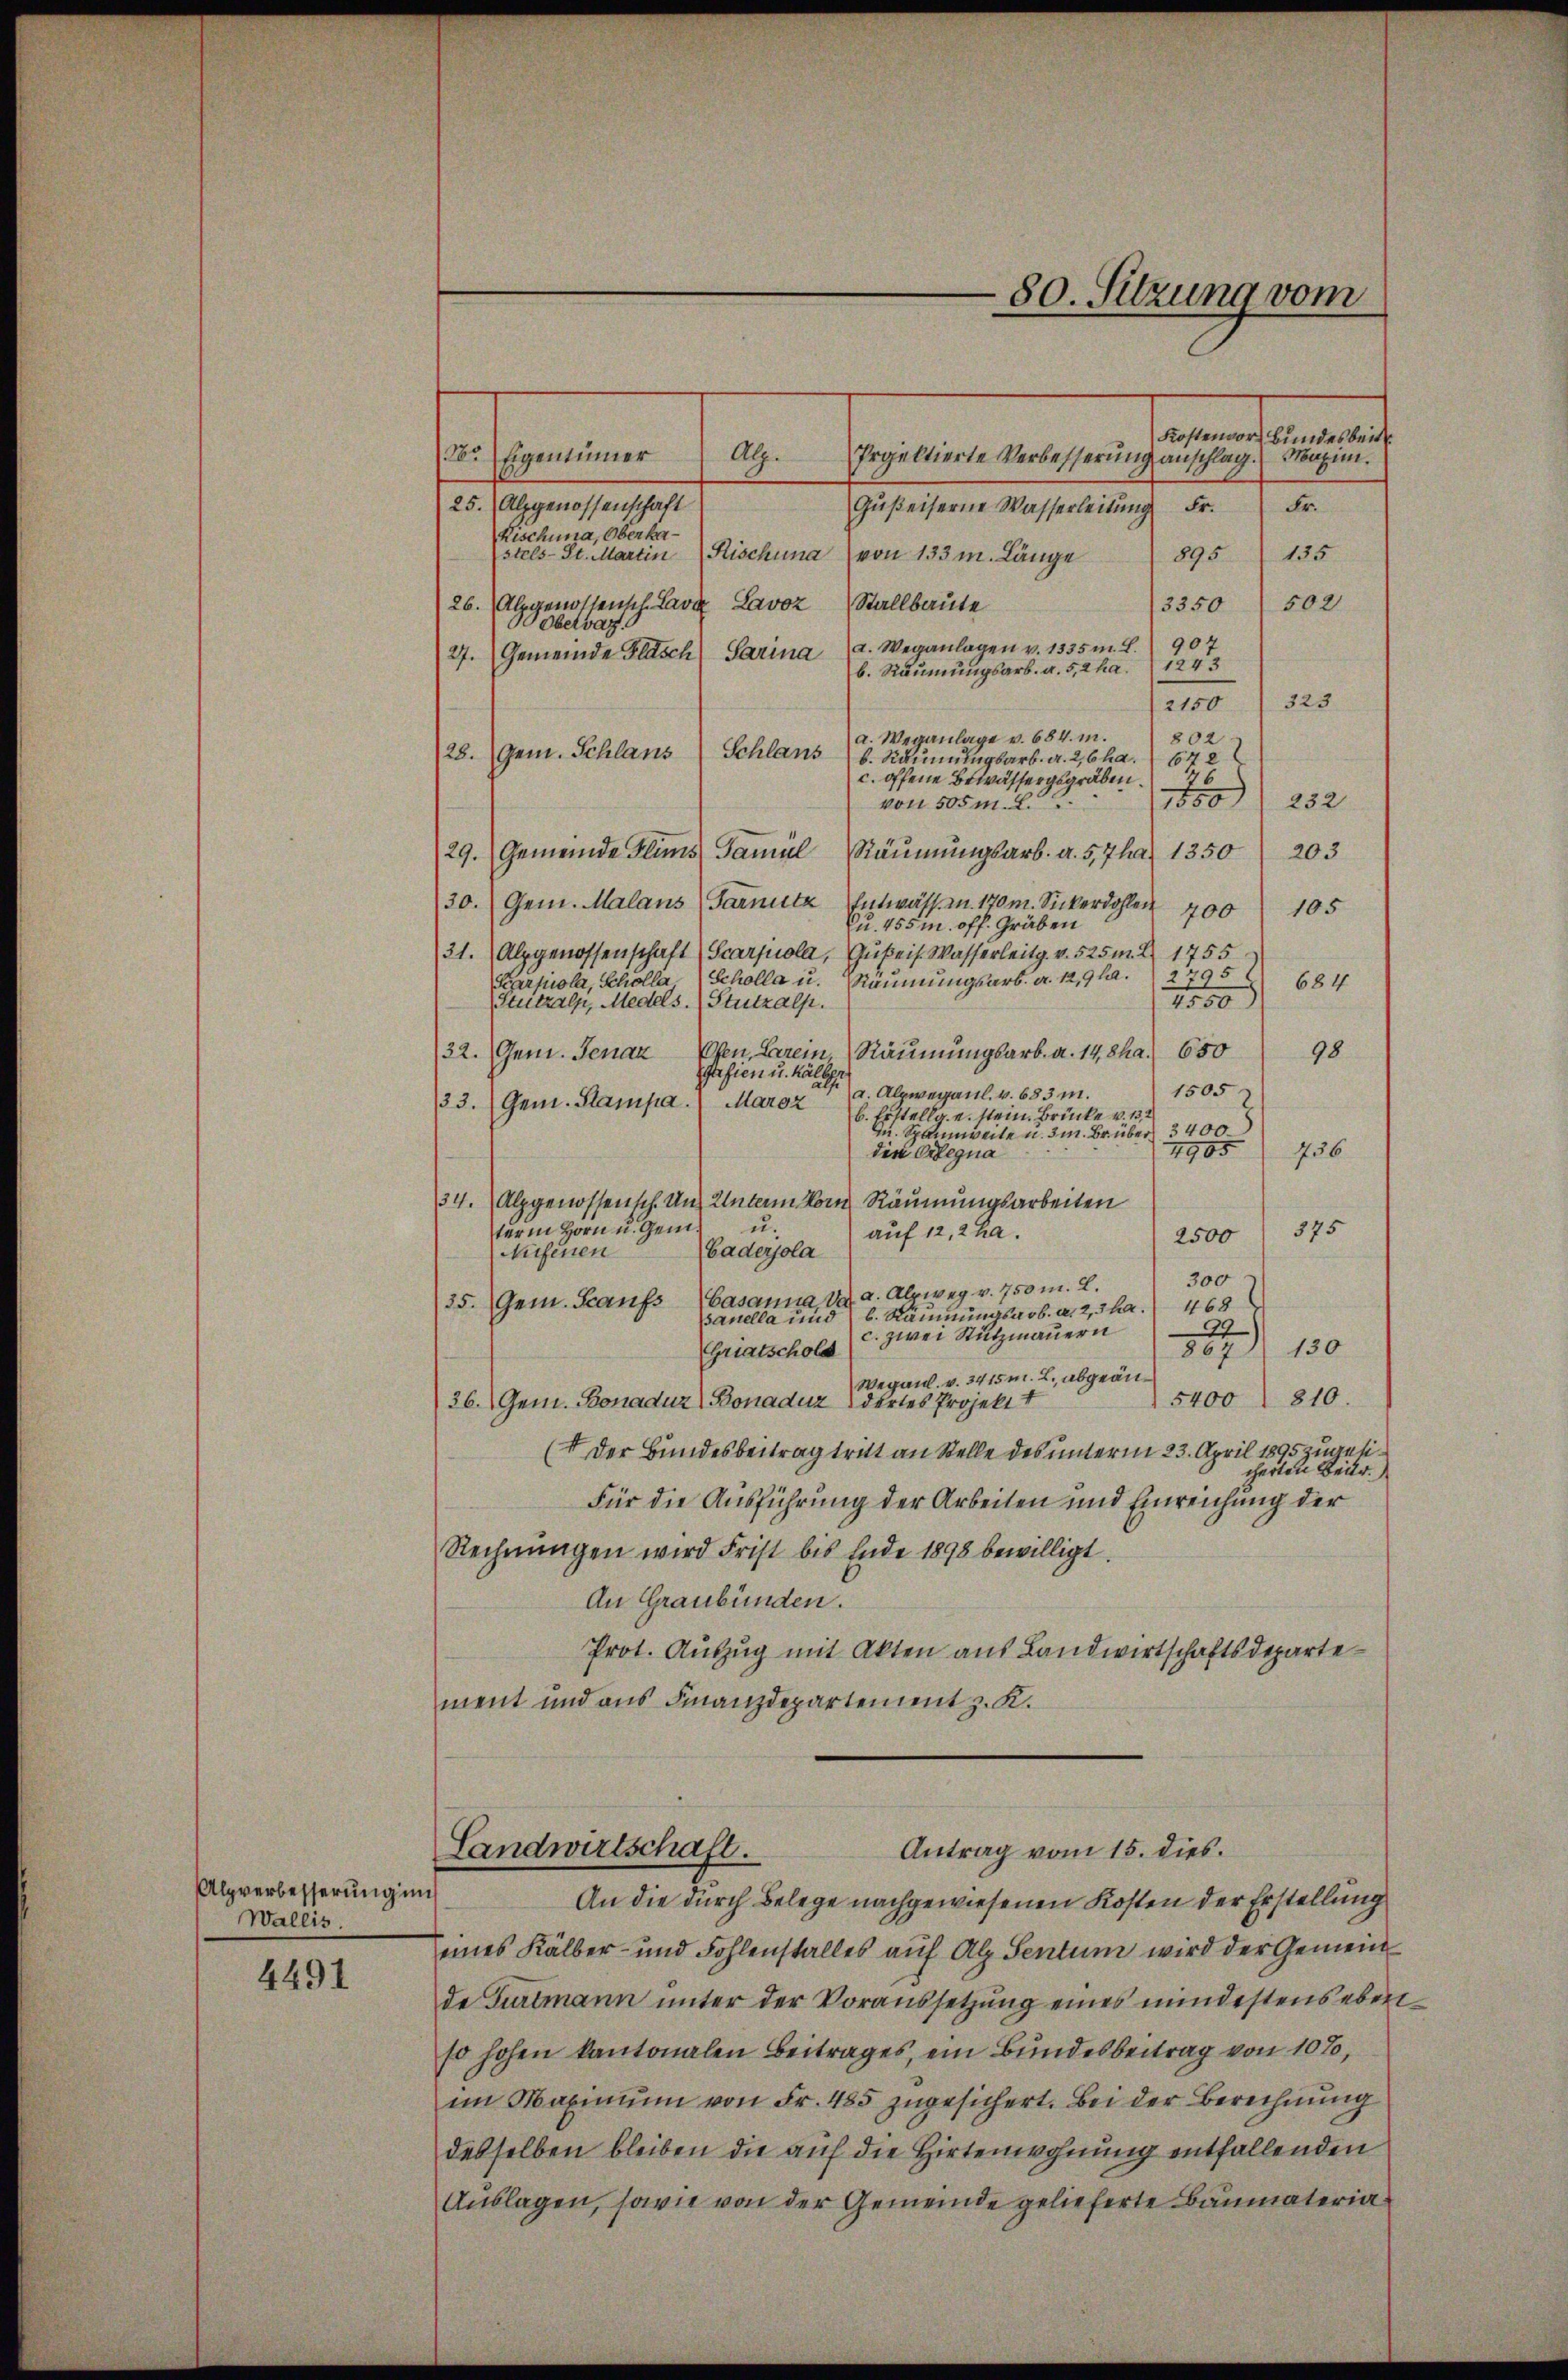
Alpverbesserung in
Wallis.

4491

aandarmelade
283. Eigentümer
Projektierte Verbesserŭng anschlag. Maxim.
Alz.
25. Alpgenossenschaft
Fr.
Gŭβeiserne Wasserleitŭng Fr.
Kischina, Oberkastels-St. Martin Rischuna von 133 m. Länge
895 (135
26. Alpgenossensch Lava Lavoz Stallbaute
3350 502
00Obervaz
d. Weganlagen v. 1335m. L. 907
Gemeinde Flasch Parina
27.
b. Räumungsarb. a. 5,2 ha. 1243
2150 (323
802
a. Weganlage v. 684. m.
28. (Gem. Schlans Schlans b. Räumungsarb. a. 26 ha. 672
c. offene Bewässergsgräben.
76
1850/252
von 505 m. L.
29. Gemeinde Flims Famul Räumungsarb. a. 5,7ha 1350
203
30. (Gem. Malans (Farnitz Entwässm. 170 m. Sickerdohlen 400
105
Cu. 455 m. off. Gräben
31. (Alpgenossenschaft (Scarpiola, Gußeis. Wasserleitg. v. 525 m. Z. 1755
2795
Räumungsarb. a. 12,9 l.
Karpiola, Schölla Scholla u.
684
1550
(Steitzalp, Medels. (Stutzalp.
Ofen, Berein Räumungsarb. a. 14,8ha. 650
32. Gen. Jenaz
98
Gafien u. halber
1505
a. Alpwegaul. v. 683 m.
133. (Gen. Stampa. (Maroz
Erstellg. u. stein. Brücke v. 13,
u. Spannweite u. 3 m. Br. über 3400
1905
736
die Ortegna
34. Alpgenossensch. Uns Unterm Korn Räumungsarbeiten
u
term Horn u. Gem.
2500 375
auf 12, 2 ha.
Baderola
Nufenen
300
Gasanna v. a. Abzweg v. 750 m. L.
35. Gem. Kaufs
468
b. Räumungsarb. a. 2, 3 ha.
panella und
99
c. zwei Stutzmauern
867) 130
Griatschola
Weganl. v. 3415m. L. abgeän¬
5400. 810.
36. Gem. Bonaduz Bonaduz deres Projekt I
(I Der Bundesbeitrag tritt an Stelle des unterm 23. April 1895 zugesicherten Beitr.
Für die Ausführung der Arbeiten und Einreichung der
Rechnungen wird Frist bis Ende 1898 bewilligt.
An Graubünden.
Prot. Auszug mit Akten aus Landwirtschaftsdepartement und aus Finanzdepartement z. K.

An die durch Belege nachgewiesenen Kosten der Erstellung
eines Kälber- und Fohlenstalles auf Alp Sentum wird der Gemeinde Gurtmann unter der Voraussetzung eines mindestens ebenso hohen kantonalen Beitrages, ein Bundesbeitrag von 10%,
im Maximum von Fr. 485 zugesichert. Bei der Berechnung
desselben bleiben die auf die Hirtenwohnung entfallenden
Auslagen, sowie von der Gemeinde gelieferte Baumateria¬

80. Sitzung vom

Landwirtschaft.
Antrag vom 15. dies.